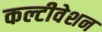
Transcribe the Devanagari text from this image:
कल्टीवेशन